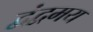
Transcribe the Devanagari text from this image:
द्वंद्वमय